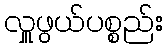
လှူဖွယ်ပစ္စည်း